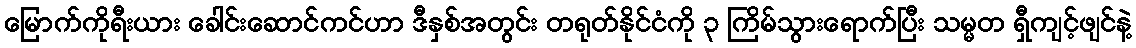
မြောက်ကိုရီးယား ခေါင်းဆောင်ကင်ဟာ ဒီနှစ်အတွင်း တရုတ်နိုင်ငံကို ၃ ကြိမ်သွားရောက်ပြီး သမ္မတ ရှီကျင့်ဖျင်နဲ့